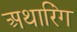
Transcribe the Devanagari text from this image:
अथारिंग